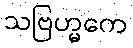
သဗြဟ္မကေ